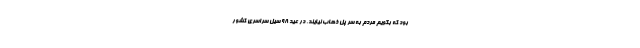
بود که بگویم مردم به سر پل ذهاب نیایند، در عید ۹۸ سیل سراسری کشور